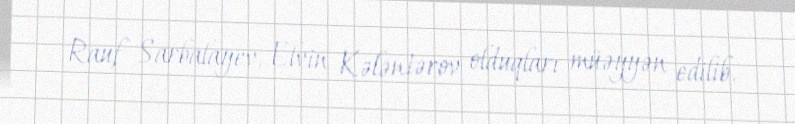
Rauf Sarbalayev, Elvin Kələntərov olduqları müəyyən edilib.